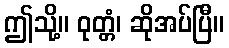
ဤသို့။ ဝုတ္တံ၊ ဆိုအပ်ပြီ။